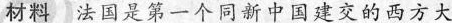
材料法国是第一个同新中国建交的西方大